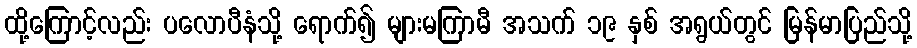
ထို့ကြောင့်လည်း ပလောပီနံသို့ ရောက်၍ များမကြာမီ အသက် ၁၉ နှစ် အရွယ်တွင် မြန်မာပြည်သို့